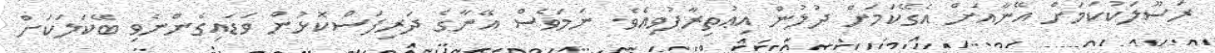
ރަސޫލަކުކަމަށް އޭނާއަށް އެގޭކަމަށް ދުލުން އިޢުތިރާފުވިއެވެ. ނަމަވެސް އޭނާގެ ދަރިފަސްކޮޅުން ވަޑައިގެންނެވި ބޭކަލަކަށް